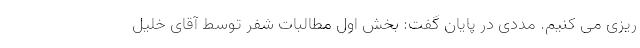
ریزی می کنیم. مددی در پایان گفت: بخش اول مطالبات شفر توسط آقای خلیل